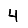
Digit: 4